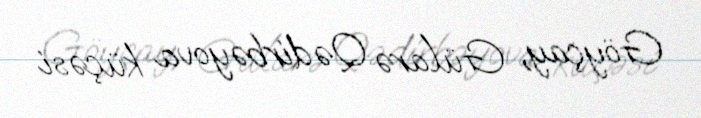
Göyçay, Gülarə Qədirbəyova küçəsi